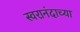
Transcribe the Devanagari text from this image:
स्वरानंदाच्या